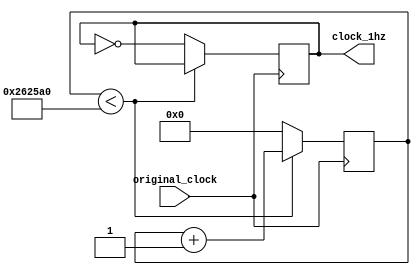
module modify_clock
(
	input 		original_clock,
	output reg	clock_1hz
);

reg [25:0] R; 

always @( posedge original_clock ) begin
	if( R < 2500000 ) begin
		R <= R + 1; 
	end
	else begin
		clock_1hz <= ~clock_1hz; 
		R <= 0; 
	end
end
endmodule